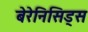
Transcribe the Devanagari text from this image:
बेरेनिसिड्स